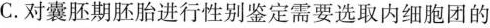
C.对囊胚期胚胎进行性别鉴定需要选取内细胞团的